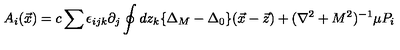
A _ { i } ( \vec { x } ) = c \sum \epsilon _ { i j k } \partial _ { j } \oint d z _ { k } \{ \Delta _ { M } - \Delta _ { 0 } \} ( \vec { x } - \vec { z } ) + ( \nabla ^ { 2 } + M ^ { 2 } ) ^ { - 1 } \mu P _ { i }